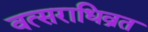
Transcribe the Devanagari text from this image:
वत्सराधिव्रत